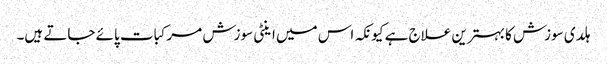
ہلدی سوزش کا بہترین علاج ہے کیونکہ اس میں اینٹی سوزش مرکبات پائے جاتے ہیں۔